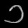
Digit: ၁